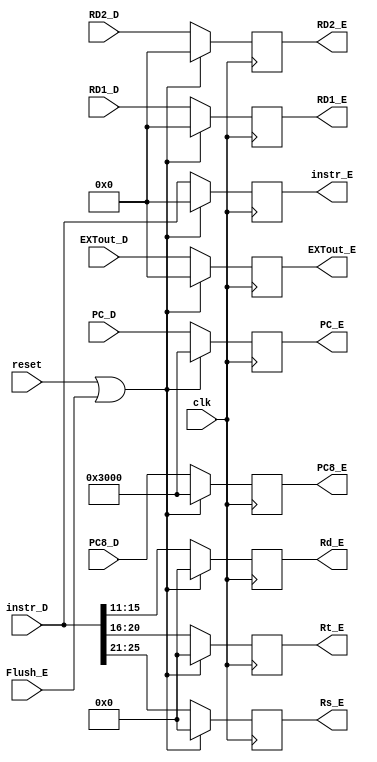
`timescale 1ns / 1ps
//////////////////////////////////////////////////////////////////////////////////
// Company: 
// Engineer: 
// 
// Design Name: 
// Module Name:    ID_EX 
// Project Name: 
// Target Devices: 
// Tool versions: 
// Description: 
//
// Dependencies: 
//
// Revision: 
// Revision 0.01 - File Created
// Additional Comments: 
//
//////////////////////////////////////////////////////////////////////////////////
`define rs 25:21
`define rt 20:16
`define rd 15:11

module ID_EX(
	 input clk,
	 input reset, //
	 input [31:0] EXTout_D,
	 input [31:0] RD1_D,
	 input [31:0] RD2_D,
	 input [31:0] instr_D,
	 input [31:0] PC_D,
	 input [31:0] PC8_D,
	 input Flush_E,
	 output [4:0] Rs_E,
	 output [4:0] Rt_E,
	 output [4:0] Rd_E,
	 output [31:0] instr_E,
	 output [31:0] PC_E,
	 output [31:0] PC8_E,
	 output [31:0] RD1_E,
	 output [31:0] RD2_E,
	 output [31:0] EXTout_E
    );
	 
	 reg [4:0] rs,rt,rd;
	 reg [31:0] in,r1,r2,ext,pc,pc8;
	 
	 initial begin
		rs <= 0;
		rt <= 0;
		rd <= 0;
		in <= 0;
		r1 <= 0;
		r2 <= 0;
		ext <= 0;
		pc <= 32'h0000_3000;
		pc8 <= 32'h0000_3000;
	 end
	 
	 assign Rs_E = rs;
	 assign Rt_E = rt;
	 assign Rd_E = rd;
	 assign instr_E = in;
	 assign RD1_E = r1;
	 assign RD2_E = r2;
	 assign EXTout_E = ext;
	 assign PC_E = pc;
	 assign PC8_E = pc8;
	 always@(posedge clk)begin
		if(reset || Flush_E)begin
			rs <= 0;
			rt <= 0;
			rd <= 0;
			in <= 0;
			r1 <= 0;
			r2 <= 0;
			ext <= 0;
			pc <= 32'h0000_3000;
			pc8 <= 32'h0000_3000;
		end
		else begin
			rs <= instr_D[`rs];
			rt <= instr_D[`rt];
			rd <= instr_D[`rd];
			in <= instr_D;
			r1 <= RD1_D;
			r2 <= RD2_D;
			ext <= EXTout_D;
			pc <= PC_D;
			pc8 <= PC8_D;
		end

	 end


endmodule